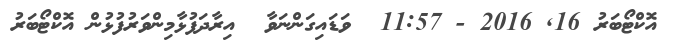
އޮކްޓޯބަރު 16